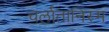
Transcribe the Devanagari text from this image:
चर्लातानिस्म